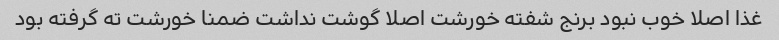
غذا اصلا خوب نبود برنج شفته خورشت اصلا گوشت نداشت ضمنا خورشت ته گرفته بود